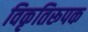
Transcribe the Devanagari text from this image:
विकृतिरूपक